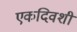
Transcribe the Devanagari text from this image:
एकदिवशी